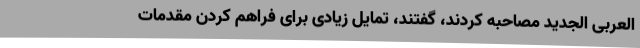
العربی الجدید مصاحبه کردند، گفتند، تمایل زیادی برای فراهم کردن مقدمات